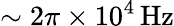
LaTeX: \sim 2\pi\times 10^{4}\, \mathrm{Hz}